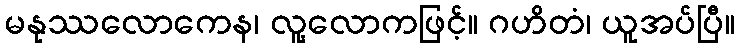
မနုဿလောကေန၊ လူ့လောကဖြင့်။ ဂဟိတံ၊ ယူအပ်ပြီ။